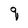
Character: q